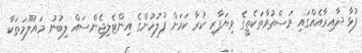
ފުޅާ ދާއިރާއެއްގައި މަސްތުވާތަކެތީގެ ވިޔަފާރި ކުރާ ކަމަށް ފުލުހުންގެ އިންޓެލިޖެންސައް ލިބުނު މައުލޫމަތަކާ